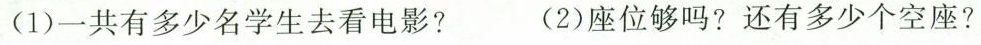
(1)一共有多少名学生去看电影? (2)座位够吗?还有多少个空座?